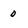
Character: 0